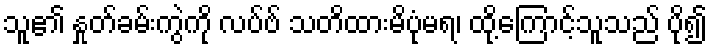
သူ၏ နှုတ်ခမ်းကွဲကို လပ်ဗ် သတိထားမိပုံမရ၊ ထို့ကြောင့်သူသည် ပို၍